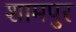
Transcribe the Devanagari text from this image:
शामपुर